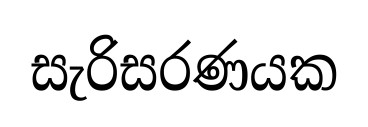
සැරිසරණයක